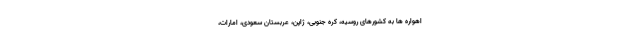
اهواره ها به کشورهای روسیه، کره جنوبی، ژاپن، عربستان سعودی، امارات،